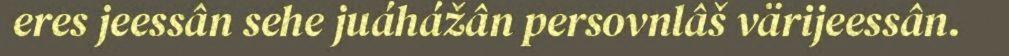
eres jeessân sehe juáhážân persovnlâš värijeessân.